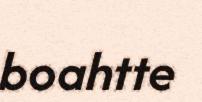
boahtte